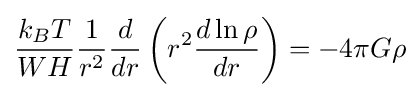
{\frac {k_{B}T}{WH}}{\frac {1}{r^{2}}}{\frac {d}{dr}}\left(r^{2}{\frac {d\ln \rho }{dr}}\right)=-4\pi G\rho